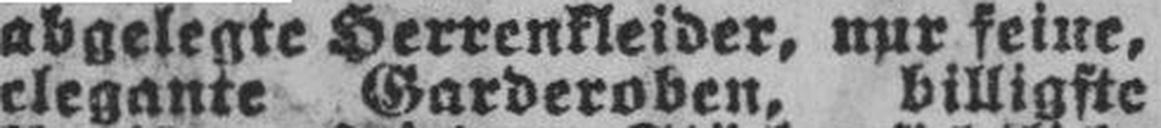
elegante Garderoben, billigste